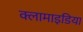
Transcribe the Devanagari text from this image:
क्लामाइडिया